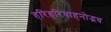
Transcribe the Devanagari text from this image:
हरिहरिवाहनोद्भव